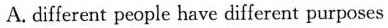
A. different people have different purposes